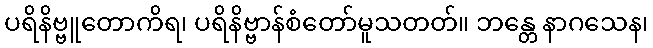
ပရိနိဗ္ဗူတောကိရ၊ ပရိနိဗ္ဗာန်စံတော်မူသတတ်။ ဘန္တေ နာဂသေန၊